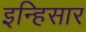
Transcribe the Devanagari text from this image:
इन्हिसार